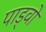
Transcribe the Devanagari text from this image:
पाड्वो